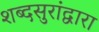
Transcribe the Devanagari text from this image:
शब्दसुरांद्वारा